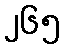
၂၆၅